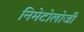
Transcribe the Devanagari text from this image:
निमेटोलोजी